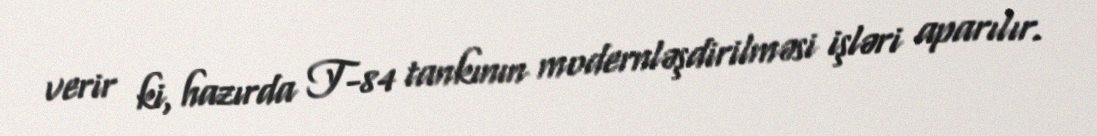
verir ki, hazırda T-84 tankının modernləşdirilməsi işləri aparılır.